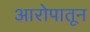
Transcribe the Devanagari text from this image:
आरोपातून